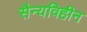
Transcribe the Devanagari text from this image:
सैन्यविहीन